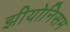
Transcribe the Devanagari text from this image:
झीयोनिसम